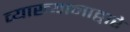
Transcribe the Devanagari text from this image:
व्याख्यानाद्वारे